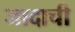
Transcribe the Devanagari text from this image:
जादाची